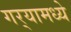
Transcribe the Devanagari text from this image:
गर्‍यामध्ये